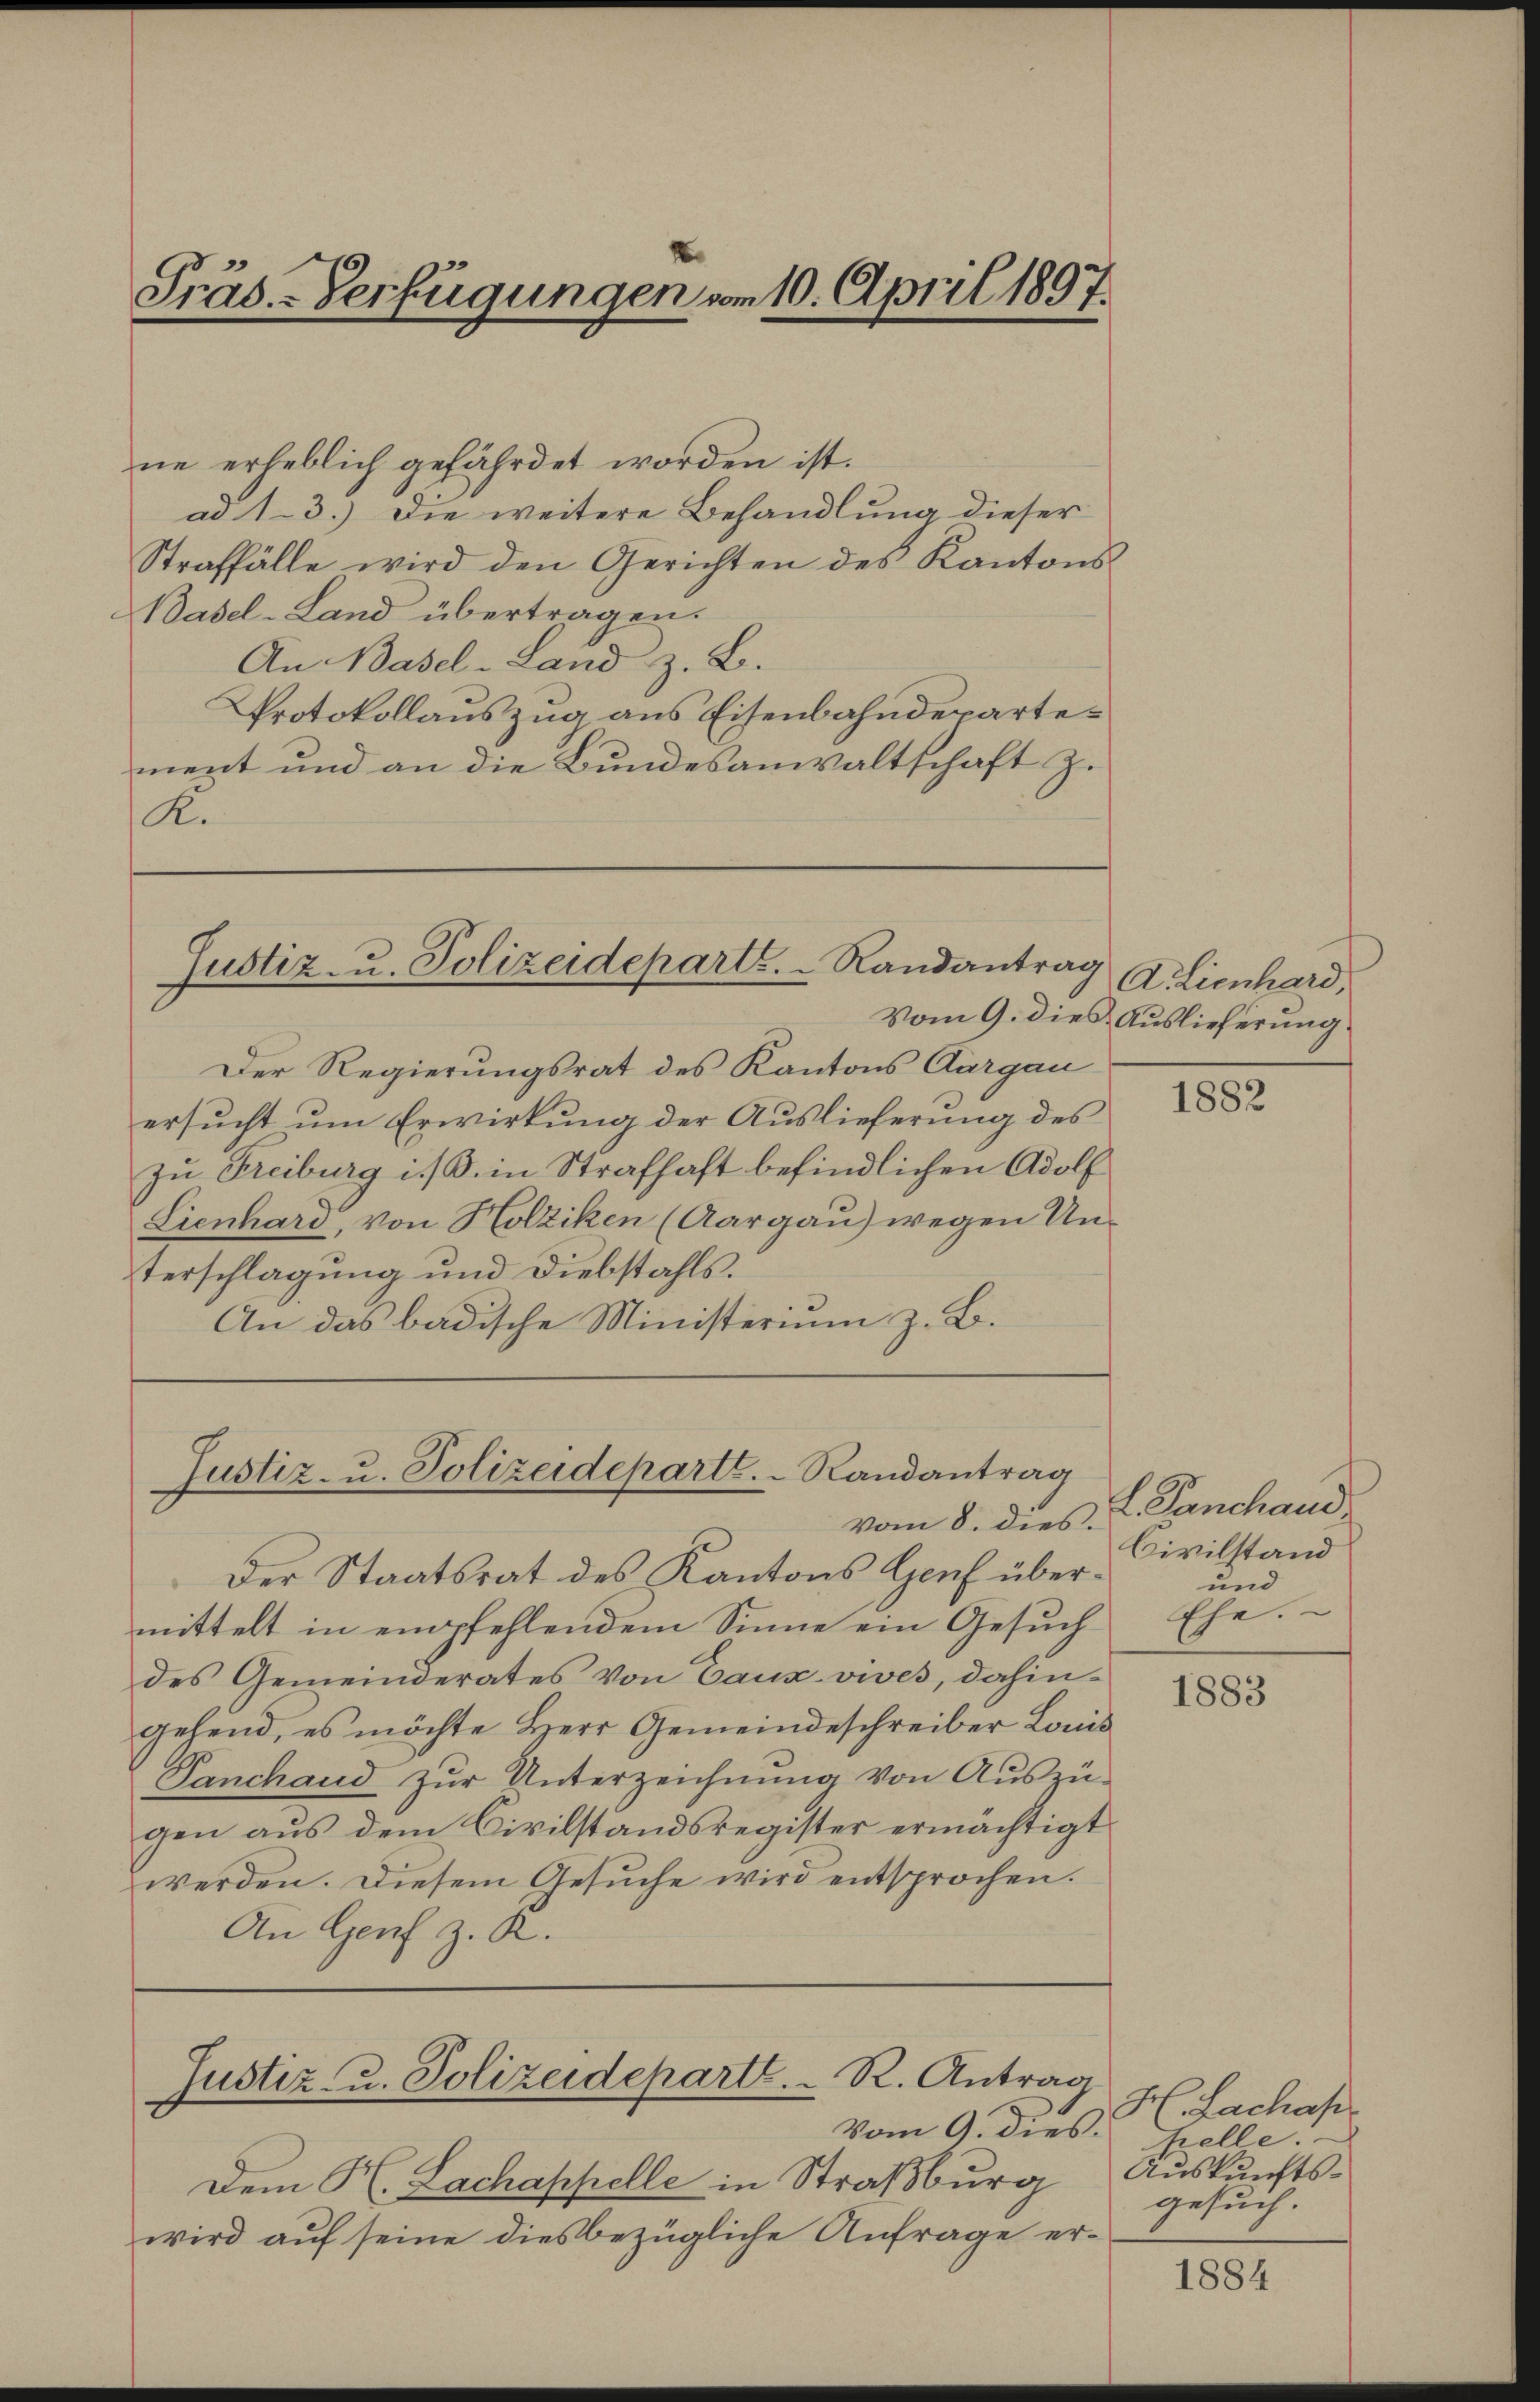
Präs.-Verfügungen vom 10. April 1897.

ne erheblich gefährdet worden ist.
ad 1-3.) Die weitere Behandlung dieser
Straffälle wird den Gerichten des Kantons
Basel-Land übertragen.
An Basel-Land z. B.
Protokollauszug aus Eisenbahndepartement und an die Bundesanwaltschaft zu
R.

Justiz u. Polizeideparte.   Randantrag

Justiz- u. Polizeideparte.   Randantrag
vom 8. dies

Dem H. Lachappelle in Straßburg
wird auf seine diesbezügliche Anfrage er¬

Der Regierungsrat des Kantons Aargau
ersucht um Erwirkung der Auslieferung des
zu Freiburg i. B. in Strafhaft befindlichen Adolf
Lienhard, von Holziken (Aargau) wegen Unterschlagung und Diebstahls.
An das badische Ministerium z. B.

Der Staatsrat des Kantons Genf übermittelt in empfehlendem Sinne ein Gesŭch Ehe.
des Gemeinderates von Caux- vwes, dahingehend, es möchte Herr Gemeindeschreiber Louis
Panchand zŭr Unterzeichnŭng von Auszügen aus dem Civilstandsregister ermächtigt
werden. Diesem Gesuche wird entsprochen.
An Genf z. R.

Justiz- u. Polizeideparte. - R. Antrag
Vom 9. dies pelle.

Aclienhard,
Vom 9. dies Auslieferung

1882

L. Panchand
Civilstand
und

1883

HFachah.
Auskunftsgesuch.

1884